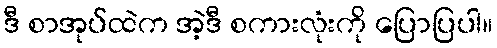
ဒီ စာအုပ်ထဲက အဲ့ဒီ စကားလုံးကို ပြောပြပါ။